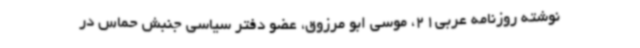
نوشته روزنامه عربی21، موسی ابو مرزوق، عضو دفتر سیاسی جنبش حماس در